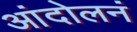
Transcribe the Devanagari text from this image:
आंदोलनं